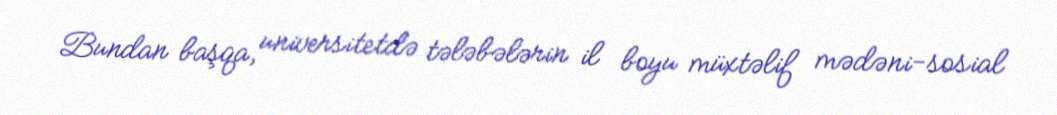
Bundan başqa, universitetdə tələbələrin il boyu müxtəlif mədəni-sosial